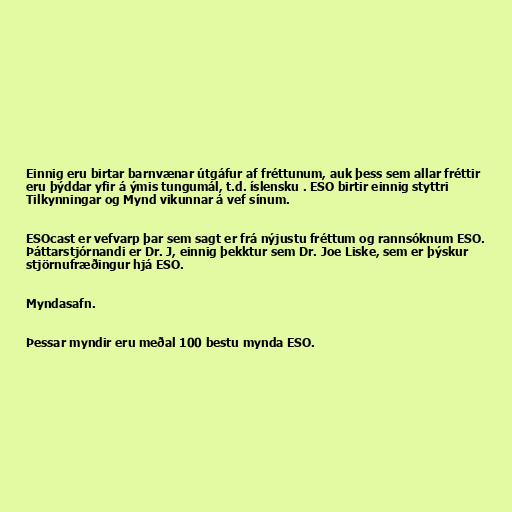
Einnig eru birtar barnvænar útgáfur af fréttunum, auk þess sem allar fréttir
eru þýddar yfir á ýmis tungumál, t.d. íslensku . ESO birtir einnig styttri
Tilkynningar og Mynd vikunnar á vef sínum.

ESOcast er vefvarp þar sem sagt er frá nýjustu fréttum og rannsóknum ESO.
Þáttarstjórnandi er Dr. J, einnig þekktur sem Dr. Joe Liske, sem er þýskur
stjörnufræðingur hjá ESO.

Myndasafn.

Þessar myndir eru meðal 100 bestu mynda ESO.